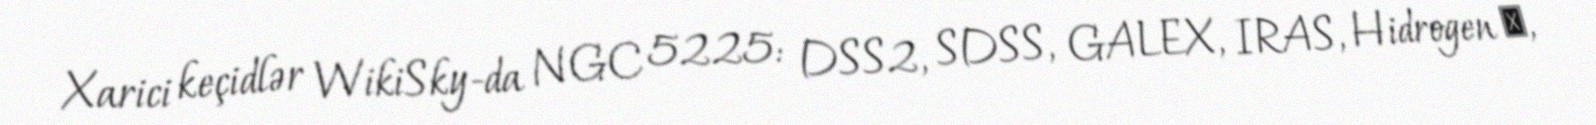
Xarici keçidlər WikiSky-da NGC 5225: DSS2, SDSS, GALEX, IRAS, Hidrogen α,